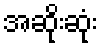
အဆိုးဆုံး